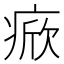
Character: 𤷓